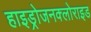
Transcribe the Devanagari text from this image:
हाइड्रोजनक्लोराइड